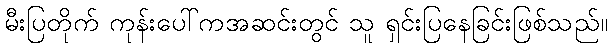
မီးပြတိုက် ကုန်းပေါ်ကအဆင်းတွင် သူ ရှင်းပြနေခြင်းဖြစ်သည်။